Scottish Leaving Certificate Examination, 1959
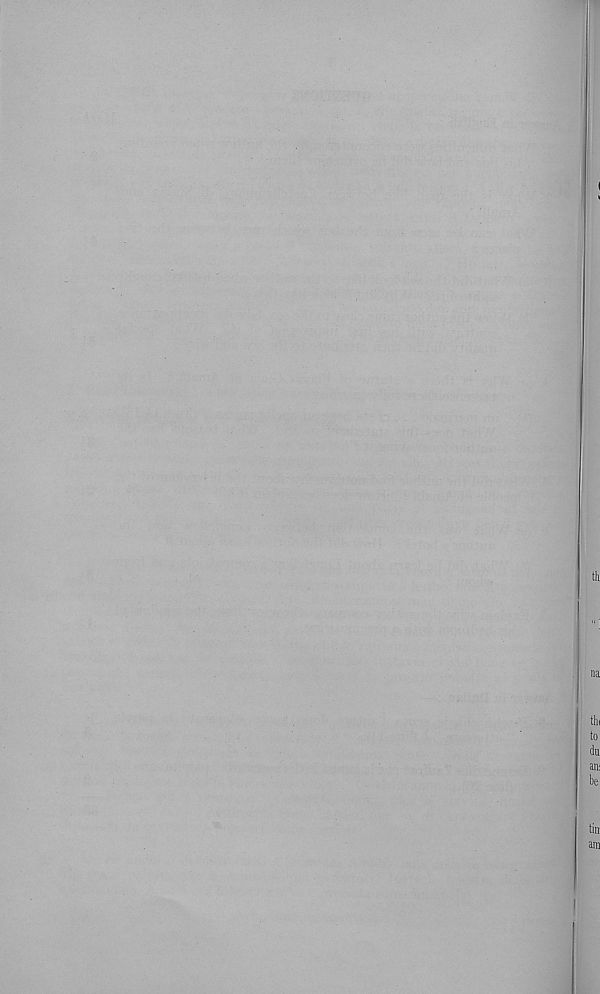
I
th
na
tin
to
du
an:
be
tin
am